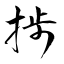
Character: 捗